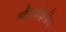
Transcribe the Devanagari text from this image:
स्टैंडर्डाइज़िंग